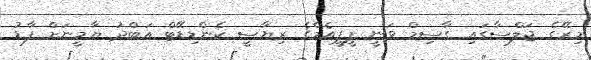
މިރޭގެ ޖަލްސާގައި ގާސިމް ވަނީ ޕީޕީއެމްގެ ރިޔާސީ ކެންޑިޑޭޓް އަބްދު ޔާމީނަށް ފާޑު